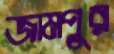
জামপুর